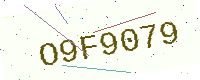
Text: O9F9079